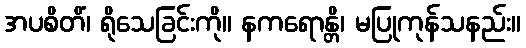
အပစိတိံ၊ ရိုသေခြင်းကို။ နကရောန္တိ၊ မပြုကုန်သနည်း။